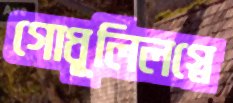
গোধূলিলগ্নে